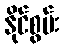
နိုင်စွမ်း